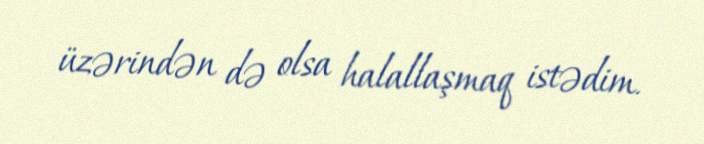
üzərindən də olsa halallaşmaq istədim.